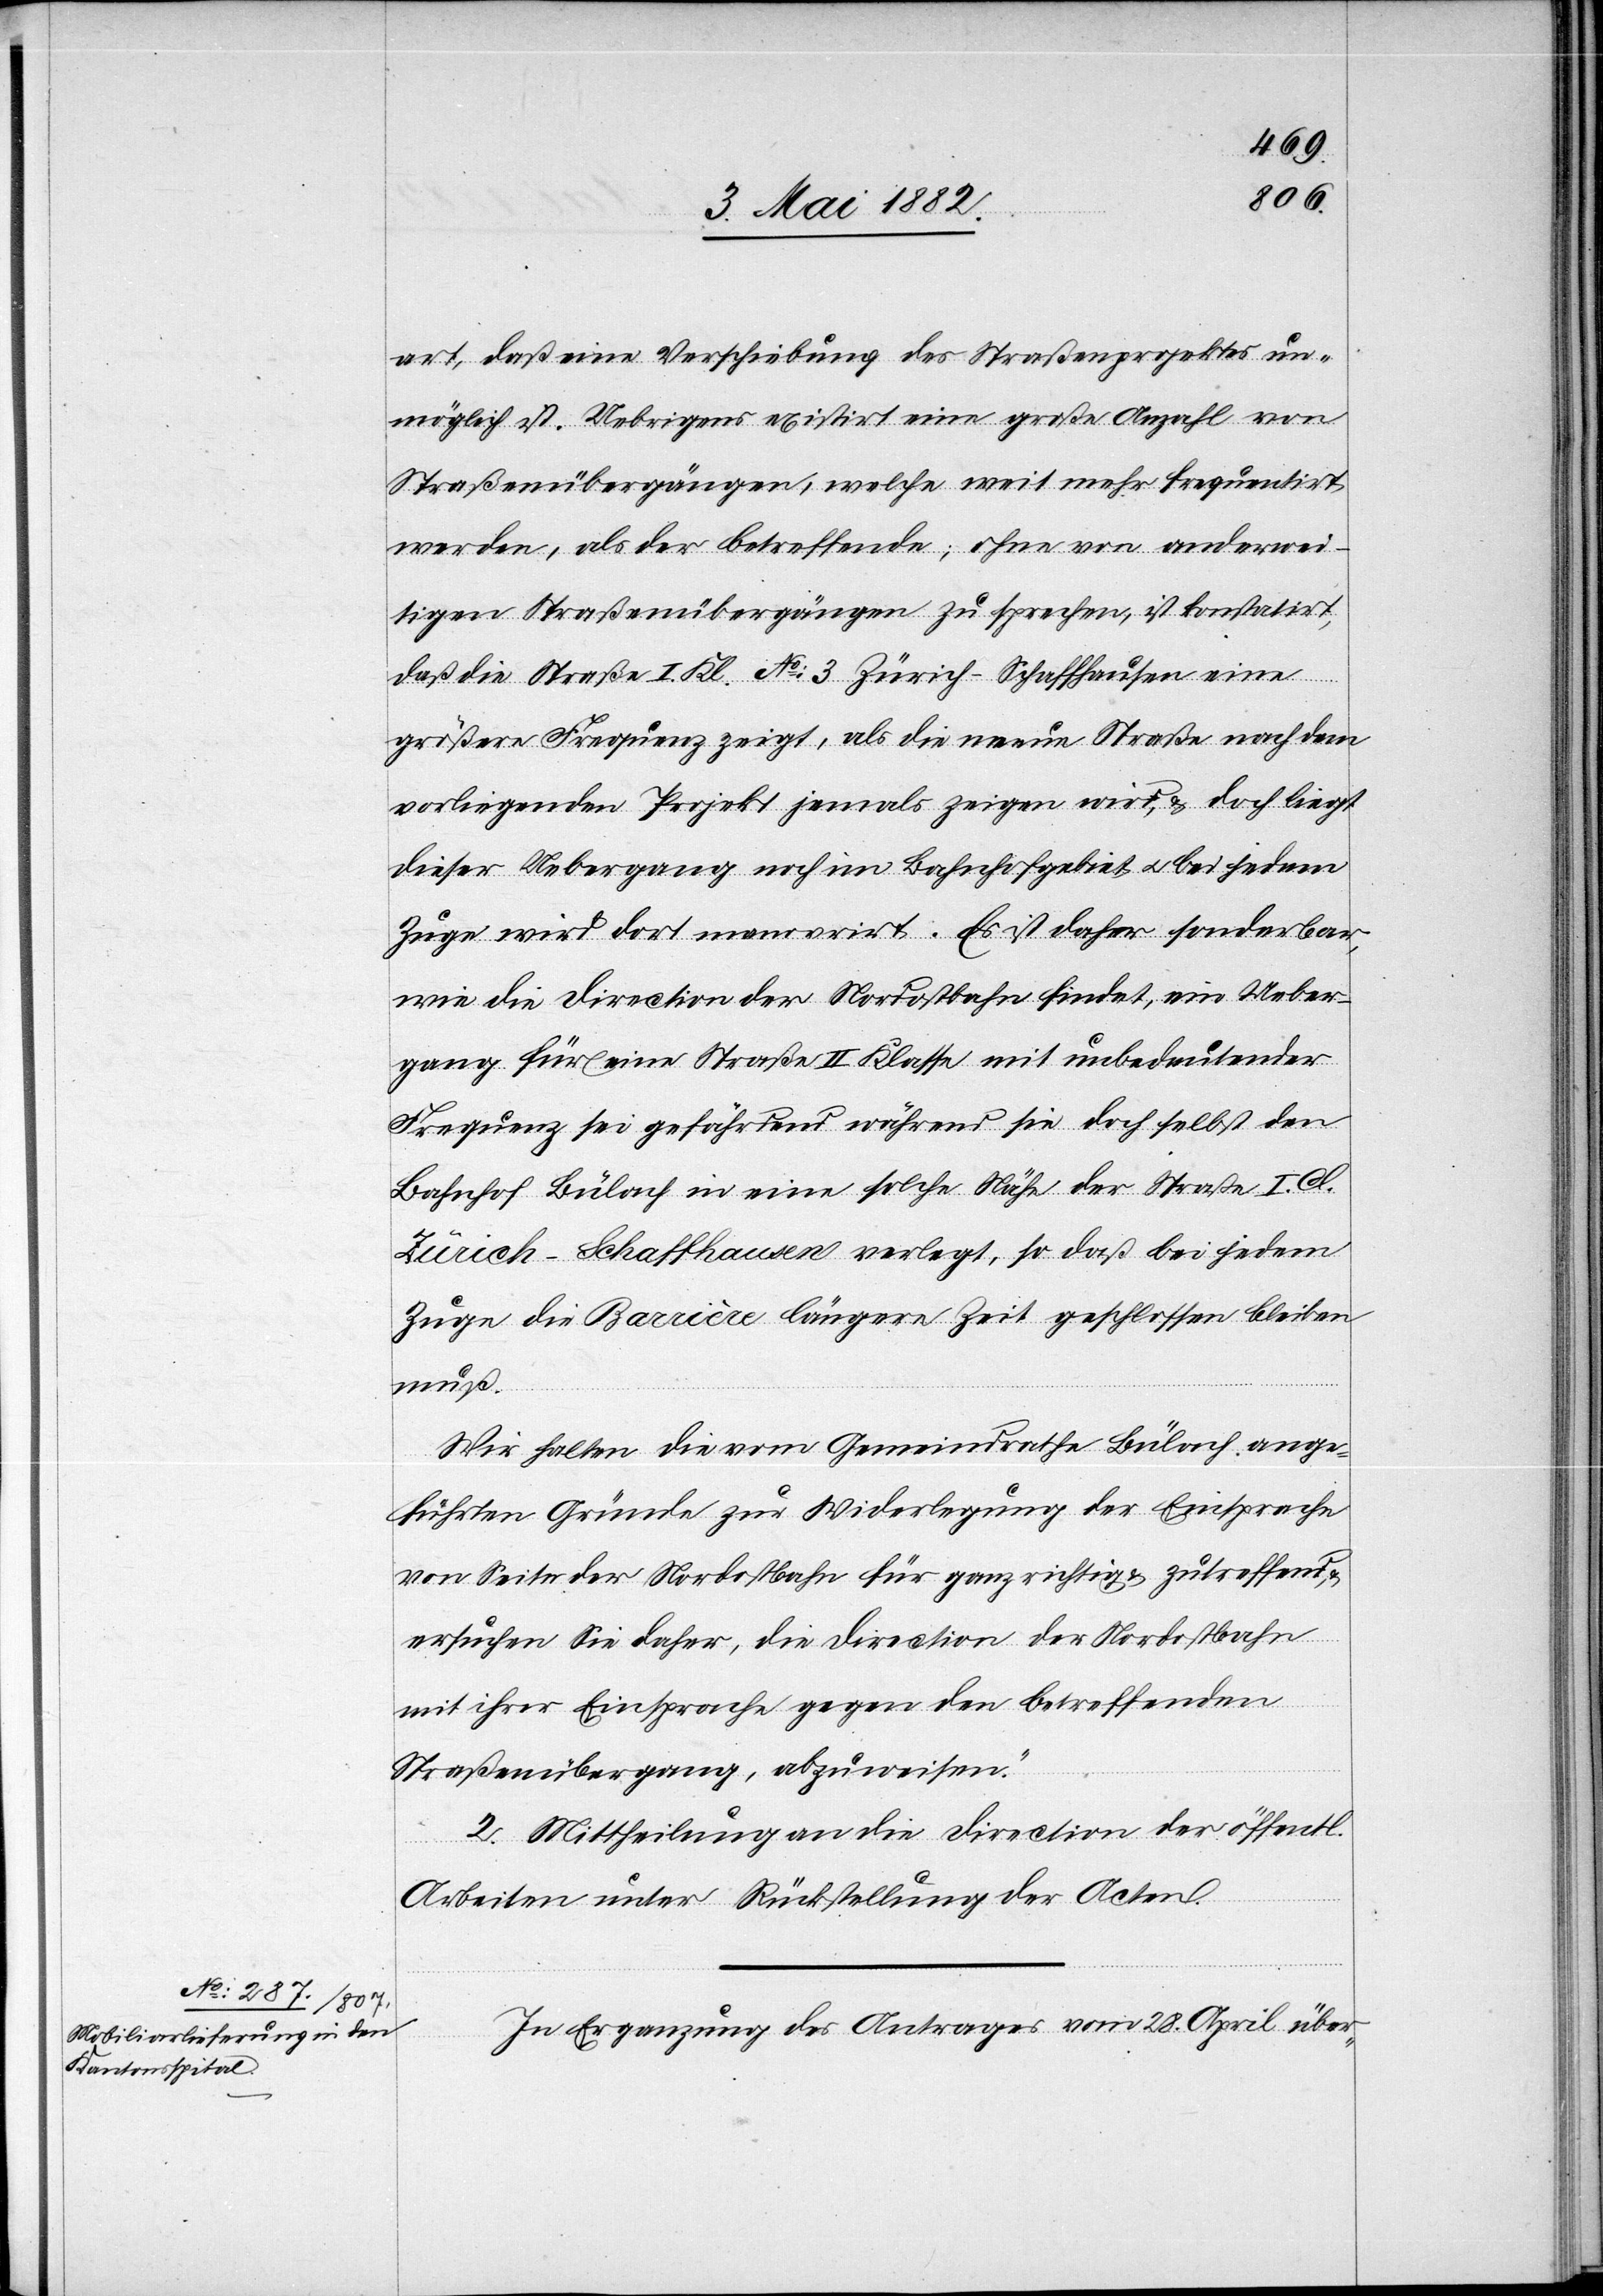
art, daß eine Verschiebung des Straßenprojektes un¬
möglich ist. Uebrigens existirt eine große Anzahl von
Straßenübergängen, welche weit mehr frequentirt
werden, als der betreffende; ohne von anderwei¬
tigen Straßenübergängen zu sprechen, ist konstatirt,
daß die Straße I. Kl. No 3 Zürich–Schaffhausen eine
größere Frequenz zeigt, als die neue Straße nach dem
vorliegenden Projekt jemals zeigen wird, & doch liegt
dieser Uebergang noch im Bahnhofgebiet u. bei jedem
Zuge wird dort manövrirt. Es ist daher sonderbar,
wie die Direction der Nordostbahn findet, ein Ueber¬
gang für eine Straße II. Klasse mit unbedeutender
Frequenz sei gefährdend während sie doch selbst den
Bahnhof Bülach in eine solche Nähe der Straße I. Cl.
Zürich–Schaffhausen verlegt, so daß bei jedem
Zuge die Barrière längere Zeit geschlossen bleiben
muß.
Wir halten die vom Gemeindrathe Bülach ange¬
führten Gründe zur Widerlegung der Einsprache
von Seite der Nordostbahn für ganz richtig & zutreffend,
ersuchen Sie daher, die Direction der Nordostbahn
mit ihrer Einsprache gegen den betreffenden
Straßenübergang, abzuweisen.“
2. Mittheilung an die Direction der öffentl.
Arbeiten unter Rückstellung der Acten.
In Ergänzung des Antrages vom 28. April über-